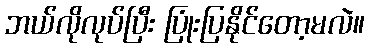
ဘယ်လိုလုပ်ပြီး ပြုံးပြနိုင်တော့မလဲ။